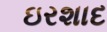
ઇરશાદ